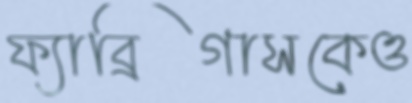
ফ্যাব্রিগাসকেও